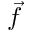
\vec { f }